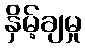
နှိမ့်ချမှု